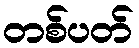
တစ်ပတ်